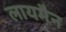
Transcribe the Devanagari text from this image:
लायमैन